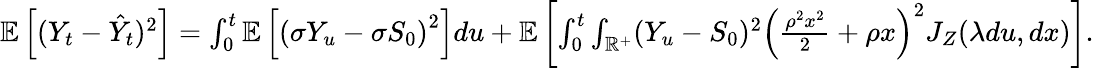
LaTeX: \begin{array}{r}{\mathbb{E}\left[(Y_{t}-\hat{Y}_{t})^{2}\right]=\int_{0}^{t}\mathbb{E}\left[\left(\sigma Y_{u}-\sigma S_{0}\right)^{2}\right]du+\mathbb{E}\left[\int_{0}^{t}\int_{\mathbb{R}^{+}}(Y_{u}-S_{0})^{2}\left(\frac{\rho^{2}x^{2}}{2}+\rho x\right)^{2}J_{Z}(\lambda du,dx)\right].}\end{array}